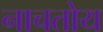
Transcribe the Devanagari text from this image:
नाचतोय